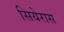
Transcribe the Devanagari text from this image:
सियेरास